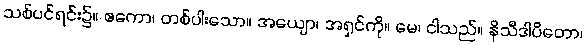
သစ်ပင်ရင်း၌။ ဧကော၊ တစ်ပါးသော။ အယျော၊ အရှင်ကို။ မေ၊ ငါသည်။ နိသီဒါပိတော၊